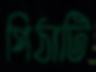
পিঠাটি